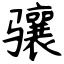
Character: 骧